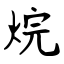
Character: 烷